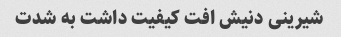
شیرینی دنیش افت کیفیت داشت به شدت